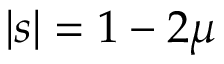
\lvert s \rvert = 1 - 2 \mu